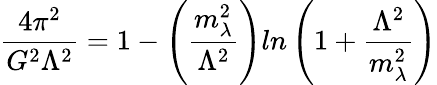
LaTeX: \frac{4\pi^{2}}{G^{2}\Lambda^{2}}=1-\left(\frac{m_{\lambda}^{2}}{\Lambda^{2}}\right)ln\left(1+\frac{\Lambda^{2}}{m_{\lambda}^{2}}\right)